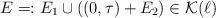
LaTeX: \begin{align*}E=:E_{1} \cup ( (0,\tau) + E_{2} ) \in \mathcal{K} (\ell)\end{align*}